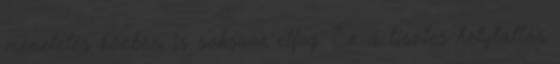
menetelés közben is sokszor elfog. Ez a tisztes helytállás